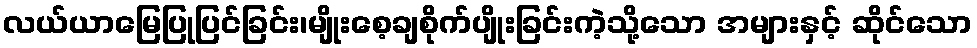
လယ်ယာမြေပြုပြင်ခြင်း၊မျိုးစေ့ချစိုက်ပျိုးခြင်းကဲ့သို့သော အများနှင့် ဆိုင်သော